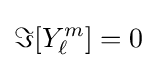
\Im [Y_{\ell }^{m}]=0